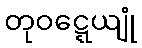
တုဝဋ္ဋေယျုံ